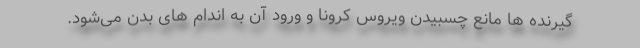
گیرنده ها مانع چسبیدن ویروس کرونا و ورود آن به اندام های بدن می‌شود.